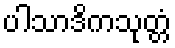
ပါသာဒိကသုတ္တံ